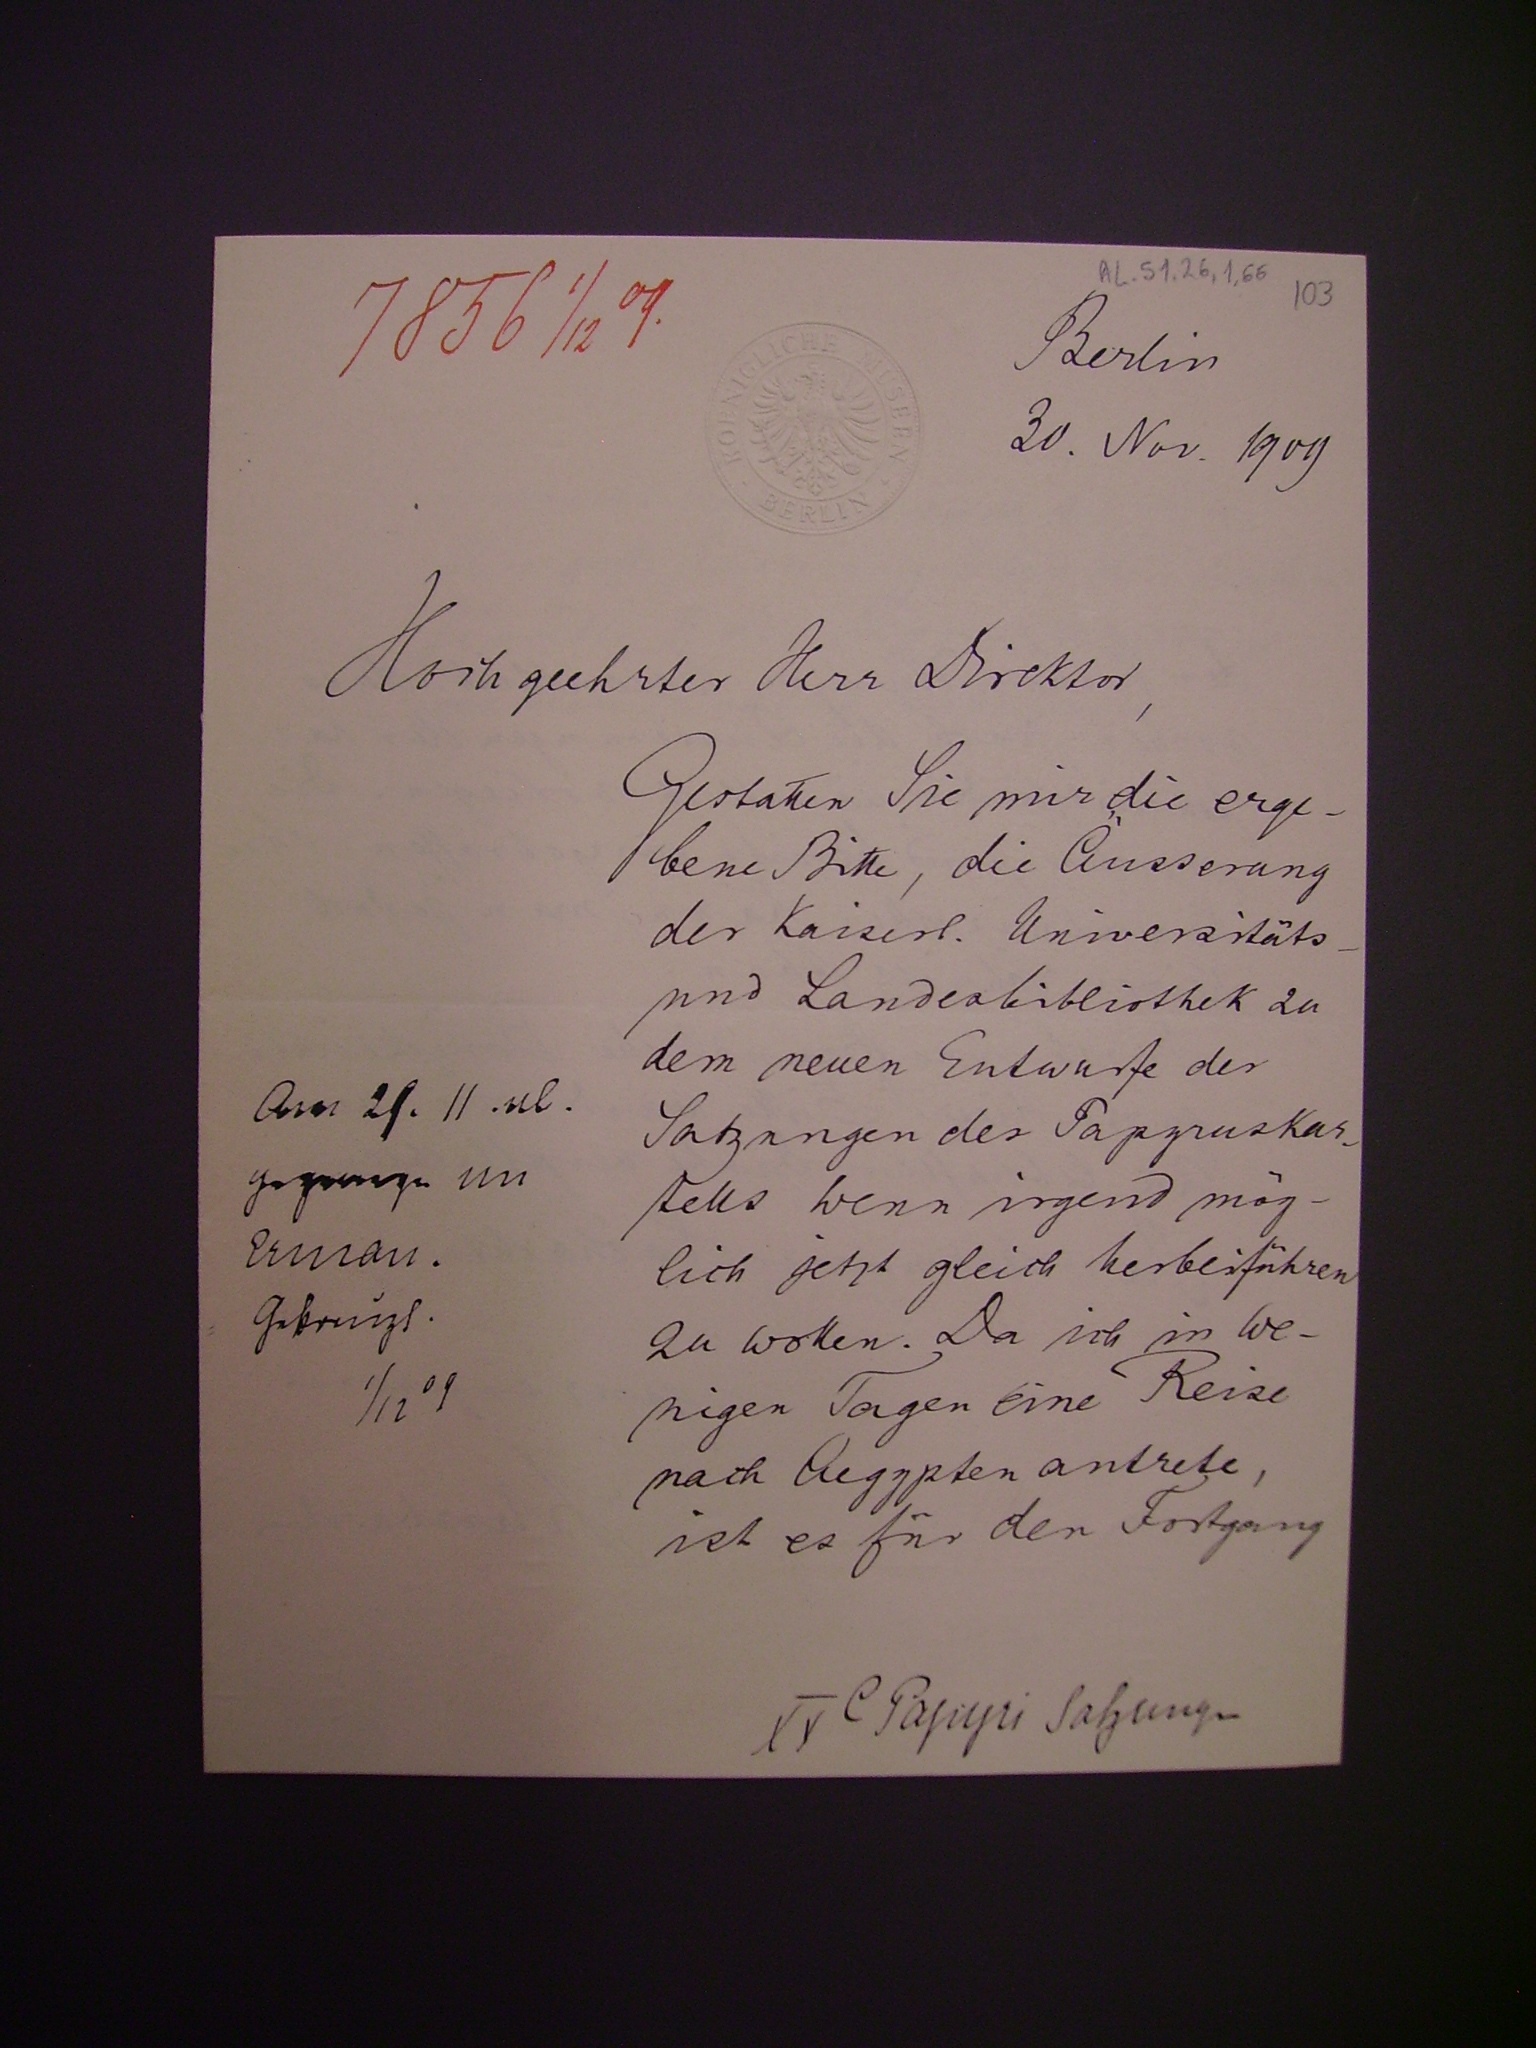
7856 1/12 09.
Berlin
30. Nov. 1909
Hochgeehrter Herr Direktor,
Gestatten Sie mir die erge¬
bene Bitte, die Äusserung
der kaiserl. Universitäts-
und Landesbibliothek zu
dem neuen Entwurf der
Satzungen des Papyrskar¬
tells wenn irgend mög¬
lich jetzt gleich herbeiführen
zu wollen. Da ich in We¬
nigen Tgen eine Reise
nach Aegypten antrete,
ist für den Fortgang